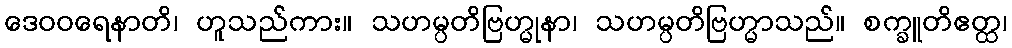
ဒေဝဝရေနာတိ၊ ဟူသည်ကား။ သဟမ္ပတိဗြဟ္မုနာ၊ သဟမ္ပတိဗြဟ္မာသည်။ စက္ခူတိဧတ္ထ၊